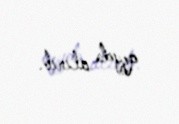
qeydə alınıb.